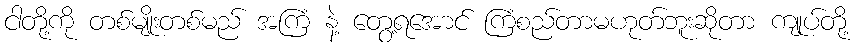
ငါတို့ကို တစ်မျိုးတစ်မည် အကြံ နဲ့ တွေ့ရအောင် ကြံစည်တာမဟုတ်ဘူးဆိုတာ ကျုပ်တို့